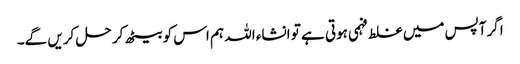
ا گرآپس میں غلط فہمی ہوتی ہے تو انشاء اللہ ہم اس کو بیٹھ کر حل کریں گے۔